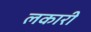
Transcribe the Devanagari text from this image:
लकारी